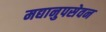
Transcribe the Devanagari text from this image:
मद्यानुपसेवन